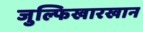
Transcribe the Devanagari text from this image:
जुल्फिखारखान